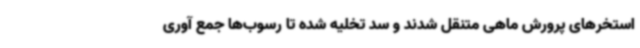
استخرهای پرورش ماهی متنقل شدند و سد تخلیه شده تا رسوب‌ها جمع آوری